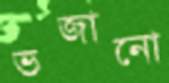
ভজানো